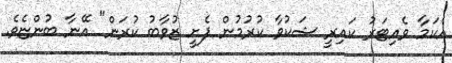
އެކަމާ ވެއިޓަރު ކައިރީ ޝަކުވާ ކުރުމުން ފެށީ ޒުވާބު ކުރަން" އޭނާ ބުންޏެވެ.